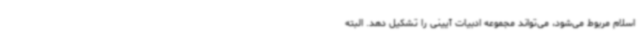
اسلام مربوط می‌شود، می‌تواند مجموعه ادبیات آیینی را تشکیل دهد. البته